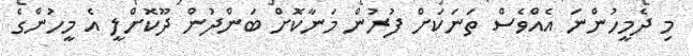
މި ދެމީހުންނަ އެއްވެސް ތަނަކަށް ފުރުން މަނާކޮށް ބަންދުން ދޫކޮށްލީ އެ މީހުންގެ